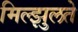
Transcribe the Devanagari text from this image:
मिल्झुलते